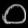
Digit: ၀